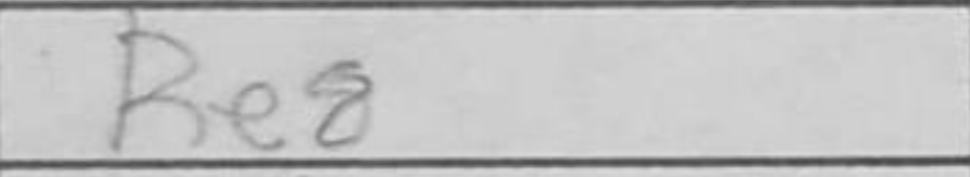
Transcription: Re8